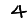
Digit: 4